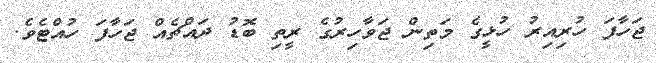
ޖަހާފަ ހުރިއިރު ހުޅީގެ މަތިން ޖަވާހިރުގެ ރީތި ބޮޑު ދައްޗެއް ޖަހާފަ ހުއްޓެވެ.